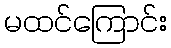
မထင်ကြောင်း